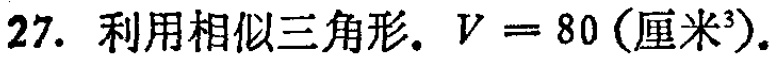
27. 利用相似三角形. \(V = 80 (\text{厘米}^3)\).